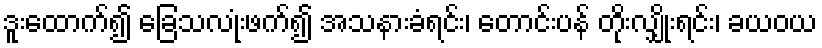
ဒူးထောက်၍ ခြေသလုံးဖက်၍ အသနားခံရင်း၊ တောင်းပန် တိုးလျှိုးရင်း၊ ခယဝယ